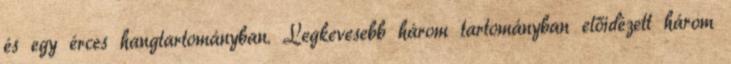
és egy érces hangtartományban. Legkevesebb három tartományban előidézett három